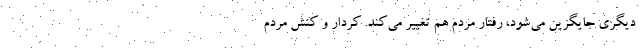
دیگری جایگزین می‌شود، رفتار مردم هم تغییر می‌کند. کردار و کنش مردم